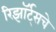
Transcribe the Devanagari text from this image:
रिझॉर्ट्‌सचे